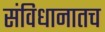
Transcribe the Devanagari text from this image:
संविधानातच